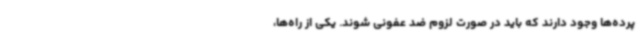
پرده‌ها وجود دارند که باید در صورت لزوم ضد عفونی شوند. یکی از راه‌ها،